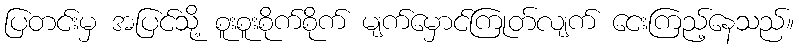
ပြတင်းမှ အပြင်သို့ စူးစူးစိုက်စိုက် မျက်မှောင်ကြုတ်လျက် ငေးကြည့်နေသည်။